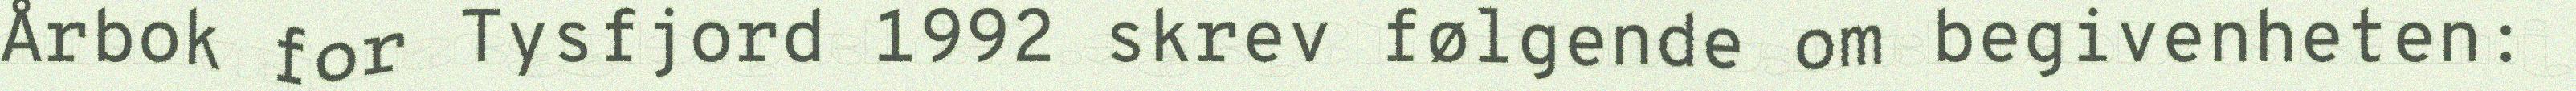
Årbok for Tysfjord 1992 skrev følgende om begivenheten: